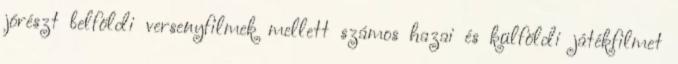
jórészt belföldi versenyfilmek mellett számos hazai és külföldi játékfilmet